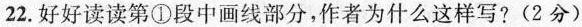
22.好好读读第①段中画线部分，作者为什么这样写？(2分)